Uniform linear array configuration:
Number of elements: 12
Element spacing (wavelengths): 0.75
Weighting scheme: hamming
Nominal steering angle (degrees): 45
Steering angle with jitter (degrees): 44.095
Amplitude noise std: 0.05
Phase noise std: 0.05

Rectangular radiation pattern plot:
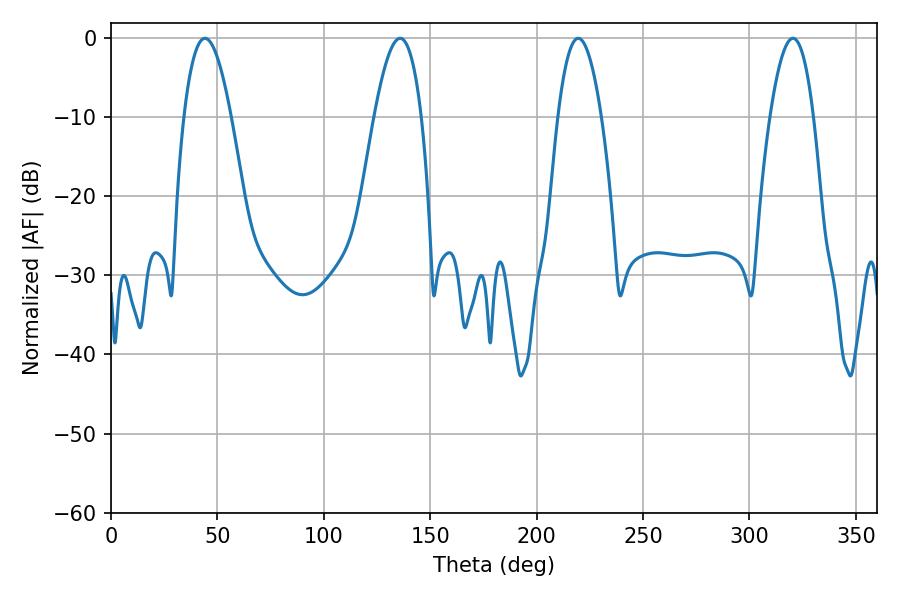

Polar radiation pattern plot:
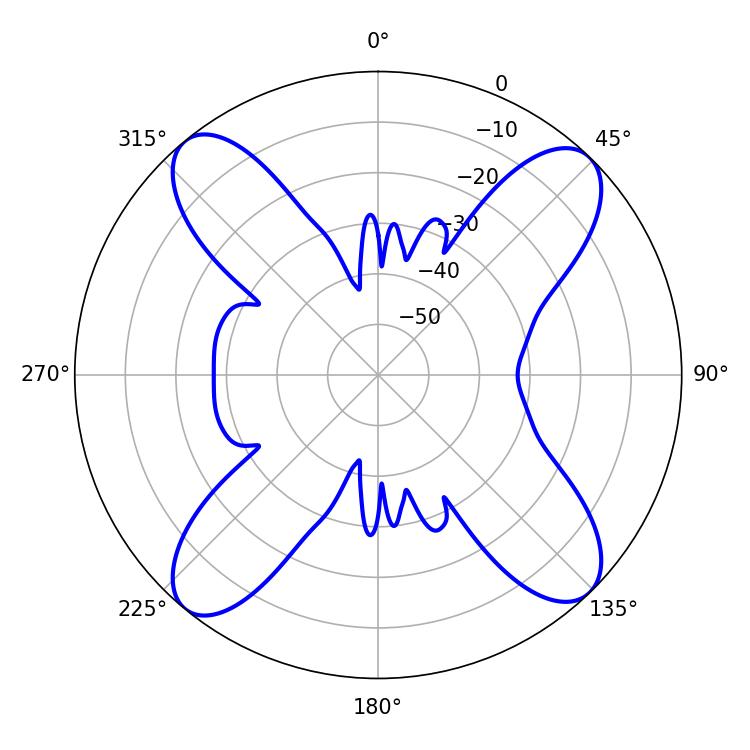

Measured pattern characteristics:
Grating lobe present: TRUE
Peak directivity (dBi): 15.903
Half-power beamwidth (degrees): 12.06
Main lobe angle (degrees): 44.1